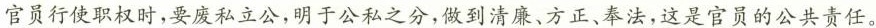
官员行使职权时，要废私立公，明于公私之分，做到清廉、方正、奉法，这是官员的公共责任。